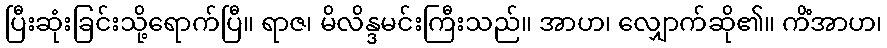
ပြီးဆုံးခြင်းသို့ရောက်ပြီ။ ရာဇ၊ မိလိန္ဒမင်းကြီးသည်။ အာဟ၊ လျှောက်ဆို၏။ ကိံအာဟ၊